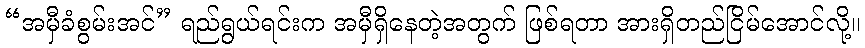
“အမှီခံစွမ်းအင်” ရည်ရွယ်ရင်းက အမှီရှိနေတဲ့အတွက် ဖြစ်ရတာ အားရှိတည်ငြိမ်အောင်လို့။